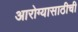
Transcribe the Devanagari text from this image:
आरोग्यासाठीची